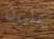
بمليون